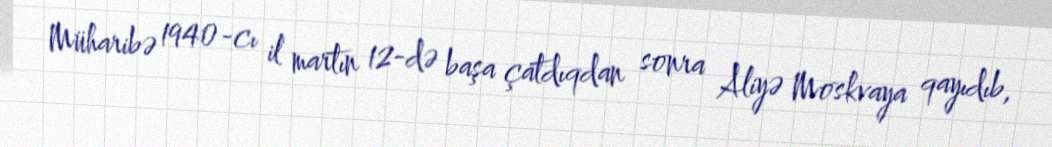
Müharibə 1940-cı il martın 12-də başa çatdıqdan sonra Aliyə Moskvaya qayıdıb,